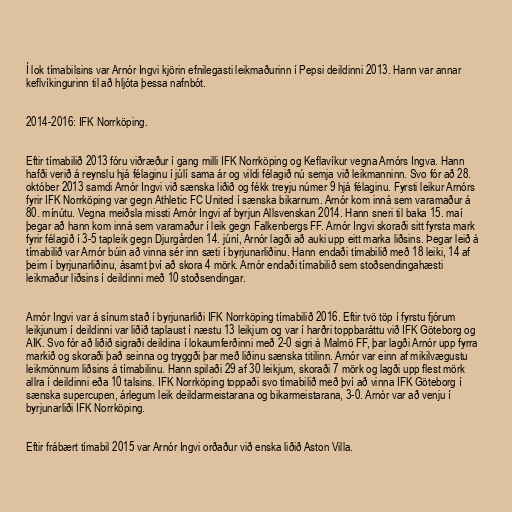
Í lok tímabilsins var Arnór Ingvi kjörin efnilegasti leikmaðurinn í Pepsi deildinni 2013. Hann var annar
keflvíkingurinn til að hljóta þessa nafnbót.

2014-2016: IFK Norrköping.

Eftir tímabilið 2013 fóru viðræður í gang milli IFK Norrköping og Keflavíkur vegna Arnórs Ingva. Hann
hafði verið á reynslu hjá félaginu í júlí sama ár og vildi félagið nú semja við leikmanninn. Svo fór að 28.
október 2013 samdi Arnór Ingvi við sænska liðið og fékk treyju númer 9 hjá félaginu. Fyrsti leikur Arnórs
fyrir IFK Norrköping var gegn Athletic FC United í sænska bikarnum. Arnór kom inná sem varamaður á
80. mínútu. Vegna meiðsla missti Arnór Ingvi af byrjun Allsvenskan 2014. Hann sneri til baka 15. maí
þegar að hann kom inná sem varamaður í leik gegn Falkenbergs FF. Arnór Ingvi skoraði sitt fyrsta mark
fyrir félagið í 3-5 tapleik gegn Djurgården 14. júní, Arnór lagði að auki upp eitt marka liðsins. Þegar leið á
tímabilið var Arnór búin að vinna sér inn sæti í byrjunarliðinu. Hann endaði tímabilið með 18 leiki, 14 af
þeim í byrjunarliðinu, ásamt því að skora 4 mörk. Arnór endaði tímabilið sem stoðsendingahæsti
leikmaður liðsins í deildinni með 10 stoðsendingar.

Arnór Ingvi var á sínum stað í byrjunarliði IFK Norrköping tímabilið 2016. Eftir tvö töp í fyrstu fjórum
leikjunum í deildinni var liðið taplaust í næstu 13 leikjum og var í harðri toppbaráttu við IFK Göteborg og
AIK. Svo fór að liðið sigraði deildina í lokaumferðinni með 2-0 sigri á Malmö FF, þar lagði Arnór upp fyrra
markið og skoraði það seinna og tryggði þar með liðinu sænska titilinn. Arnór var einn af mikilvægustu
leikmönnum liðsins á tímabilinu. Hann spilaði 29 af 30 leikjum, skoraði 7 mörk og lagði upp flest mörk
allra í deildinni eða 10 talsins. IFK Norrköping toppaði svo tímabilið með því að vinna IFK Göteborg í
sænska supercupen, árlegum leik deildarmeistarana og bikarmeistarana, 3-0. Arnór var að venju í
byrjunarliði IFK Norrköping.

Eftir frábært tímabil 2015 var Arnór Ingvi orðaður við enska liðið Aston Villa.